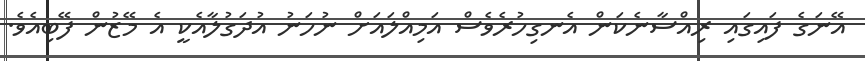
އޭނަގެ ފައިގައި ރިއްސާނެކަން އެނގިހުރެވެސް އަމިއްލައަށް ނުހަނު އުދަގުލާއެކީ އެ މޭޒުން ފޭބިއެވެ.